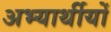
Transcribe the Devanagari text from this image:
अभ्यार्थीयों